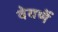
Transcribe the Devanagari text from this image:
वेयर्णे